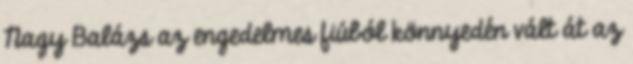
Nagy Balázs az engedelmes fiúból könnyedén vált át az